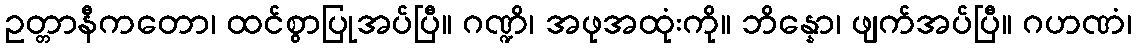
ဥတ္တာနီကတော၊ ထင်စွာပြုအပ်ပြီ။ ဂဏ္ဍိ၊ အဖုအထုံးကို။ ဘိန္နော၊ ဖျက်အပ်ပြီ။ ဂဟဏံ၊